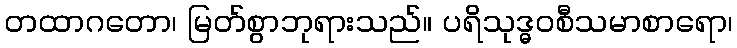
တထာဂတော၊ မြတ်စွာဘုရားသည်။ ပရိသုဒ္ဓဝစီသမာစာရော၊